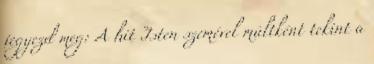
jegyezd meg: A hit Isten szemével múltként tekint a